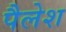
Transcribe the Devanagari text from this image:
पैलेश